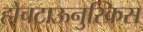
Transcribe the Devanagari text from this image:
होचटाऊनुस्क्रिस